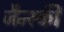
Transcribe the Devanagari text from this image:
जैन्स्की